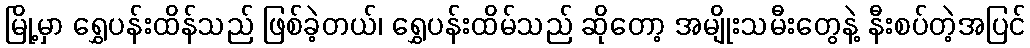
မြို့မှာ ရွှေပန်းထိန်သည် ဖြစ်ခဲ့တယ်၊ ရွှေပန်းထိမ်သည် ဆိုတော့ အမျိုးသမီးတွေနဲ့ နီးစပ်တဲ့အပြင်